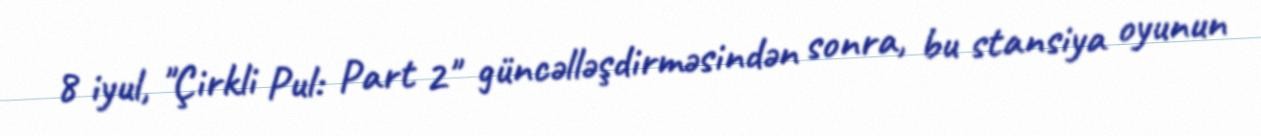
8 iyul, "Çirkli Pul: Part 2" güncəlləşdirməsindən sonra, bu stansiya oyunun